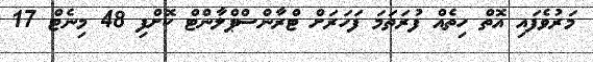
މަރުވެފައި އޮތް ހިތެއް ފުރަތަމަ ފަހަރަށް ޓްރާންސްޕްލާންޓް ކޮށްފި 48 މިނެޓް 17